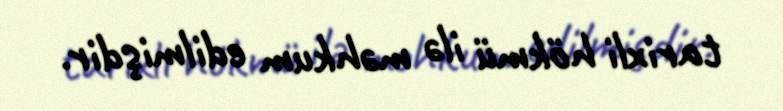
tarixli hökmü ilə məhkum edilmişdir.